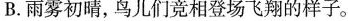
B.雨雾初晴，鸟儿们竞相登场飞翔的样子。